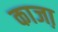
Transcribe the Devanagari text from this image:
काजा़